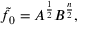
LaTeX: \tilde { f } _ { 0 } = A ^ { \frac { 1 } { 2 } } B ^ { \frac { n } { 2 } } ,